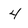
Character: 4